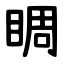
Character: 睭